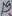
Text: 19